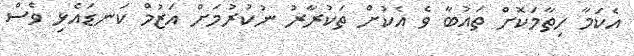
އެކަމާ ހިތާމަކޮށް ތައުބާ ވެ އެކުށް ތަކުރާރު ނުކުރުމަށް އަޒުމް ކަނޑައެޅި ވެސް